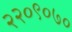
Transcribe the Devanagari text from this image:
२२०९०७०